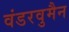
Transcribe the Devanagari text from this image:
वंडरवुमैन